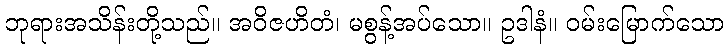
ဘုရားအသိန်းတို့သည်။ အဝိဇဟိတံ၊ မစွန့်အပ်သော။ ဥဒါနံ။ ဝမ်းမြောက်သော